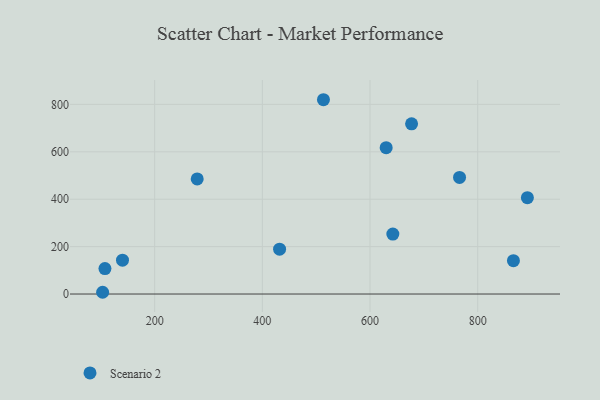
{"axis": {"x": "Ad Spend", "y": "Profit"}, "legend": ["Scenario 2"], "data": [{"x": "279.0", "y": 485.5, "type": "Scenario 2"}, {"x": "432.0", "y": 189.2, "type": "Scenario 2"}, {"x": "642.4", "y": 253.1, "type": "Scenario 2"}, {"x": "866.4", "y": 140.5, "type": "Scenario 2"}, {"x": "513.5", "y": 819.7, "type": "Scenario 2"}, {"x": "630.0", "y": 617.4, "type": "Scenario 2"}, {"x": "103.3", "y": 7.4, "type": "Scenario 2"}, {"x": "766.3", "y": 491.8, "type": "Scenario 2"}, {"x": "677.2", "y": 718.1, "type": "Scenario 2"}, {"x": "107.6", "y": 107.2, "type": "Scenario 2"}, {"x": "140.2", "y": 143.0, "type": "Scenario 2"}, {"x": "892.3", "y": 406.5, "type": "Scenario 2"}]}